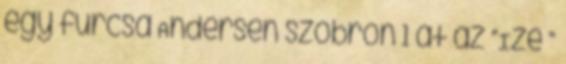
egy furcsa Andersen szobron 1 át az “Izé ”